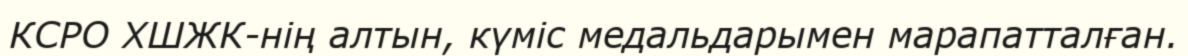
КСРО ХШЖК-нің алтын, күміс медальдарымен марапатталған.